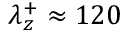
\lambda _ { z } ^ { + } \approx 1 2 0